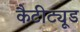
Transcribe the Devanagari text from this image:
कैटीट्यूड